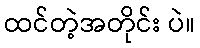
ထင်တဲ့အတိုင်း ပဲ။